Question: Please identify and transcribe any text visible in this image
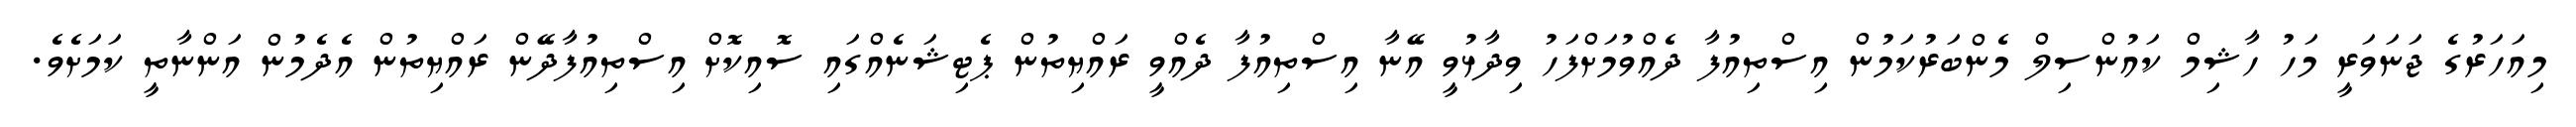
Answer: މިއަހަރުގެ ޖަނަވަރީ މަހު ހާޝިމް ކައުންސިލް މެންބަރުކަމުން އިސްތިއުފާ ދެއްވުމަށްފަހު ވިދާޅުވީ އޭނާ އިސްތިއުފާ ދެއްވީ ރައްޔިތުން ޕެޓިޝަނެއްގައި ސޮއިކޮށް އިސްތިއުފާދޭން ރައްޔިތުން އެދެމުން އަންނާތީ ކަމަށެވެ.